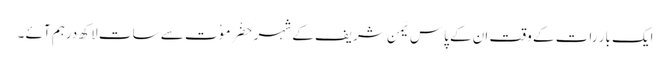
ایک بار رات کے وقت ان کے پاس یَمن شریف کے شہر حَضْرَمَوْت سے سات لاکھ درہم آئے ۔